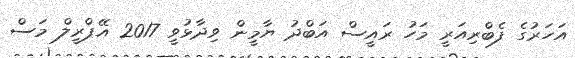
އަހަރުގެ ފެބްރިއަރީ މަހު ރައީސް އަބްދު ޔާމީން ވިދާޅުވީ 2017 އޭޕްރީލް މަސް